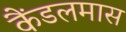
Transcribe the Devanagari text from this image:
कैंडलमास